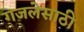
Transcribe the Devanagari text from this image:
गजलेसाठी